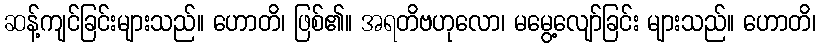
ဆန့်ကျင်ခြင်းများသည်။ ဟောတိ၊ ဖြစ်၏။ အရတိဗဟုလော၊ မမွေ့လျော်ခြင်း များသည်။ ဟောတိ၊